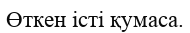
Өткен істі қумаса.